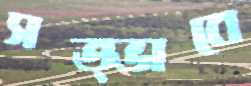
সত্ভাবে